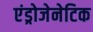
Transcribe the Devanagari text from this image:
एंड्रोजेनेटिक